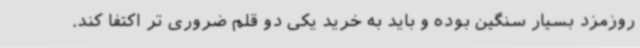
روزمزد بسیار سنگین بوده و باید به خرید یکی دو قلم ضروری تر اکتفا کند.